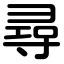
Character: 尋